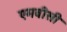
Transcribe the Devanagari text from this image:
एमवीसी